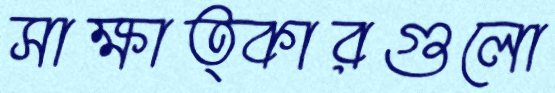
সাক্ষাত্কারগুলো